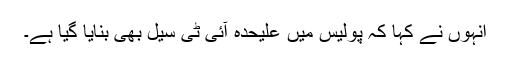
انہوں نے کہا کہ پولیس میں علیحدہ آئی ٹی سیل بھی بنایا گیا ہے۔